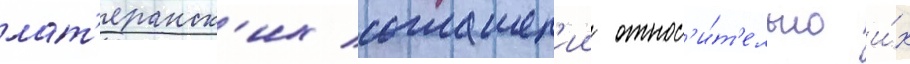
лат'еранск'их соглашен'ии относ'и́т'ельно и́х